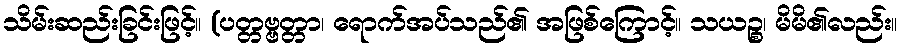
သိမ်းဆည်းခြင်းဖြင့်။ (ပတ္တဗ္ဗတ္တာ၊ ရောက်အပ်သည်၏ အဖြစ်ကြောင့်။ သယဉ္စ၊ မိမိ၏လည်း။